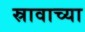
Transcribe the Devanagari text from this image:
स्रावाच्या